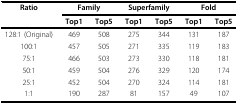
| Ratio | <COLSPAN=2> Family | <COLSPAN=2> Superfamily | <COLSPAN=2> Fold |
 |  | Top1 | Top5 | Top1 | Top5 | Top1 | Top5 |
 | --- | --- | --- | --- | --- | --- | --- |
 | 128:1 (Original) | 469 | 508 | 275 | 344 | 131 | 187 |
 | 100:1 | 457 | 505 | 271 | 335 | 119 | 183 |
 | 75:1 | 466 | 503 | 273 | 330 | 118 | 181 |
 | 50:1 | 459 | 504 | 276 | 329 | 120 | 174 |
 | 25:1 | 452 | 504 | 270 | 324 | 114 | 181 |
 | 1:1 | 190 | 287 | 81 | 157 | 49 | 107 |